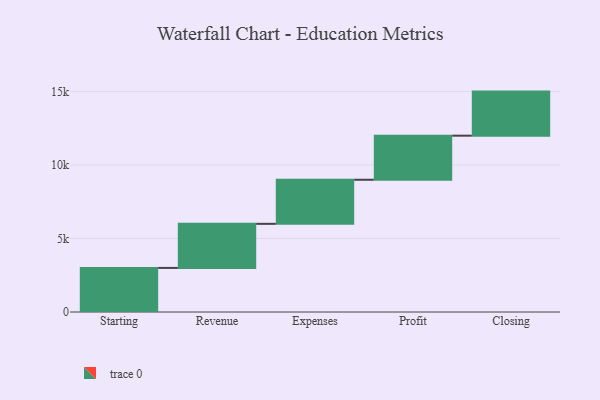
{"axis": {"x": "Step", "y": "Value"}, "legend": [""], "data": [{"x": "Starting", "y": 3000, "type": ""}, {"x": "Revenue", "y": 3000, "type": ""}, {"x": "Expenses", "y": 3000, "type": ""}, {"x": "Profit", "y": 3000, "type": ""}, {"x": "Closing", "y": 3000, "type": ""}]}